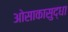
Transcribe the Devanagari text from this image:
ओसाकासुद्धा